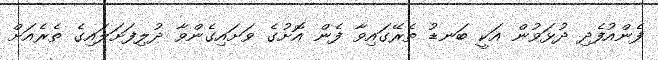
ފެންއުފެދި ދުޅަވުން އަކީ ބަނޑު ތެރޭގައިވާ ފެން އޮށުގެ ވަށައިގެންވާ ދުލިފަށަލައިގެ ތެރެއަށް